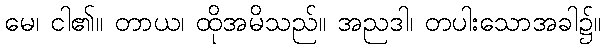
မေ၊ ငါ၏။ တာယ၊ ထိုအမိသည်။ အညဒါ၊ တပါးသောအခါ၌။